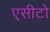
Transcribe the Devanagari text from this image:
एसीटो